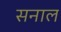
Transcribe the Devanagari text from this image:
सनाल